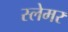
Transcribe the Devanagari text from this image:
स्लेमर